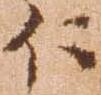
に